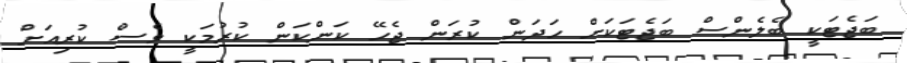
ބަޖެޓަކީ ބެލެންސް ބަޖެޓަކަށް ހަދަން ކުރަން ޖެހޭ ކަންކަން ކުރުމަކީ ވެސް ކުރިއަށް